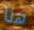
هنا